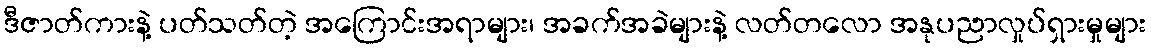
ဒီဇာတ်ကားနဲ့ ပတ်သတ်တဲ့ အကြောင်းအရာများ၊ အခက်အခဲများနဲ့ လတ်တလော အနုပညာလှုပ်ရှားမှုများ